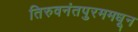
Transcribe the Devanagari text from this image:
तिरुवनंतपुरममधून